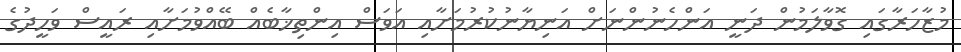
މުޒާހަރާގައި ގޮވާލަމުން ދަނީ އަންހެނުންނަށް އަނިޔާނުކުރުމަށާއި އަވަސް އިންތިޚާބެއް ބޭއްވުމަށާއި ރައީސް ވަހީދުގެ